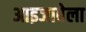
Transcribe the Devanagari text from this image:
आइजावेला